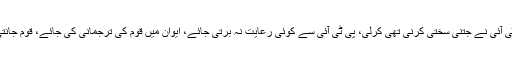
عزت نفس پر کوئی سمجھوتہ نہیں کرنا، نوازشریف کی شہبازشریف کوہدایت پی ٹی آئی نے جتنی سختی کرنی تھی کرلی، پی ٹی آئی سے کوئی رعایت نہ برتی جائے، ایوان میں قوم کی ترجمانی کی جائے، قوم جانتی ہے ہم نے صرف خدمت کی، جھوٹے مقدمات بنائے گئےجلد عوام میں ہوں گے۔